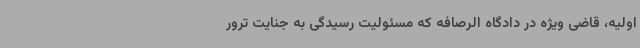
اولیه، قاضی ویژه در دادگاه الرصافه که مسئولیت رسیدگی به جنایت ترور